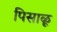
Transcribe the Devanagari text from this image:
पिसाळू